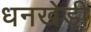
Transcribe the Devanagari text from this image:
धनखेड़ी